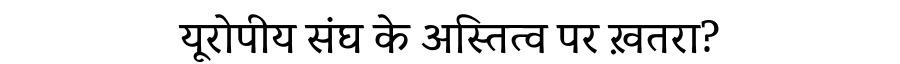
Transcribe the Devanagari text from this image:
यूरोपीय संघ के अस्तित्व पर ख़तरा?